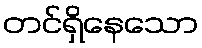
တင်ရှိနေသော